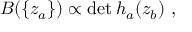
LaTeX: B ( \{ z _ { a } \} ) \propto \operatorname * { d e t } h _ { a } ( z _ { b } ) \ ,